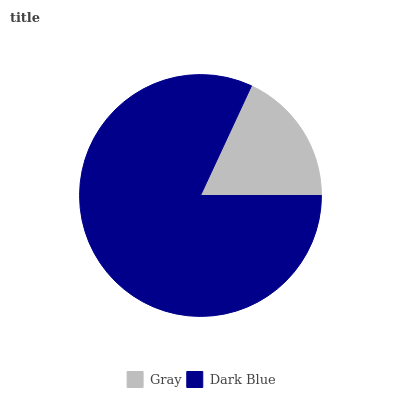
| Gray | Dark Blue |
 | --- | --- |
 | 18.1% | 81.9% |